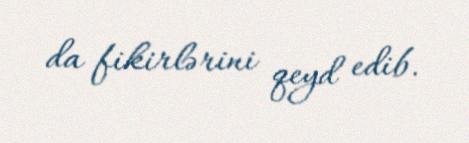
da fikirlərini qeyd edib.